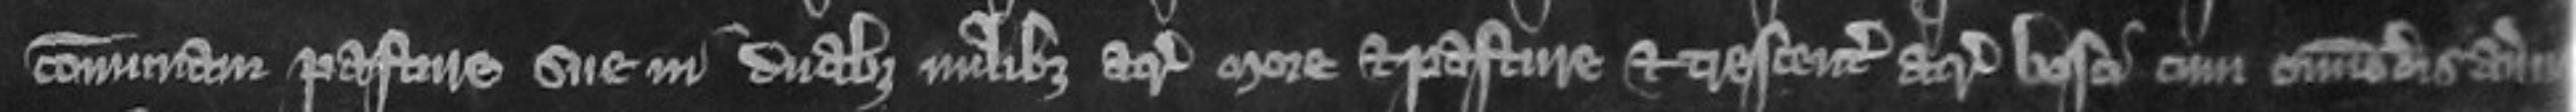
communam pasture sue in duobus milibus acrarum more et pasture et trescentis acris bosci cum omnimodis averiis